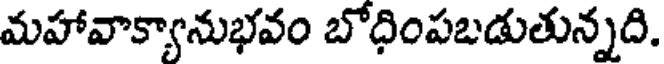
మహావాక్యానుభవం బోధింపబడుతున్నది.